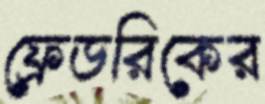
ফ্রেডরিকের